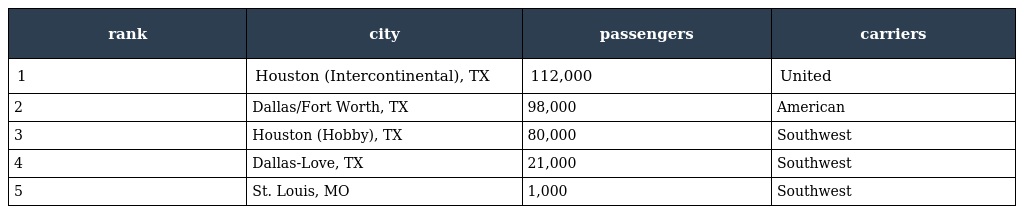
| rank | city | passengers | carriers |
 | --- | --- | --- | --- |
 | 1 | Houston (Intercontinental), TX | 112,000 | United |
 | 2 | Dallas/Fort Worth, TX | 98,000 | American |
 | 3 | Houston (Hobby), TX | 80,000 | Southwest |
 | 4 | Dallas-Love, TX | 21,000 | Southwest |
 | 5 | St. Louis, MO | 1,000 | Southwest |